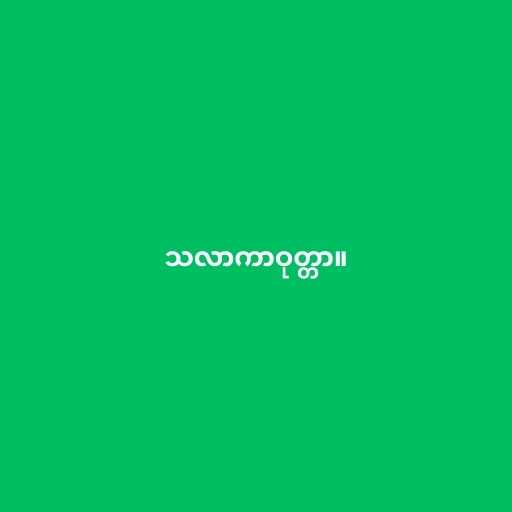
သလာကာဝုတ္တာ။